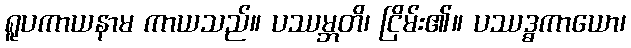
ရူပကာယနာမ ကာယသည်။ ပဿမ္ဘတိ၊ ငြိမ်း၏။ ပဿဒ္ဓကာယော၊